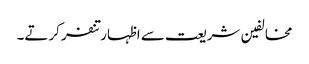
مخالفین شریعت سے اظہار تنفر کرتے۔